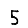
Digit: 5